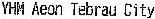
YHM AEON TEBRAU CITY